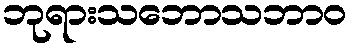
ဘုရားသဘောသဘာဝ